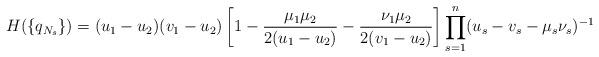
LaTeX: \begin{align*}H(\{q_{N_s}\})=(u_1-u_2)(v_1-u_2)\left[1-\frac{\mu_1\mu_2}{2(u_1-u_2)}-\frac{\nu_1\mu_2}{2(v_1-u_2)}\right]\prod_{s=1}^n(u_s-v_s-\mu_s\nu_s)^{-1}\end{align*}